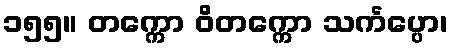
၁၅၅။ တက္ကော ဝိတက္ကော သင်္ကပ္ပော၊